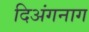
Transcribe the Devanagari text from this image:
दिअंगनाग